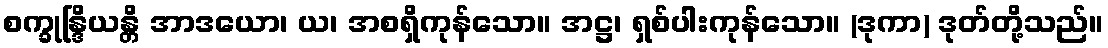
စက္ခုန္ဒြိယန္တိ အာဒယော၊ ယ၊ အစရှိကုန်သော။ အဋ္ဌ၊ ရှစ်ပါးကုန်သော။ (ဒုကာ) ဒုတ်တို့သည်။